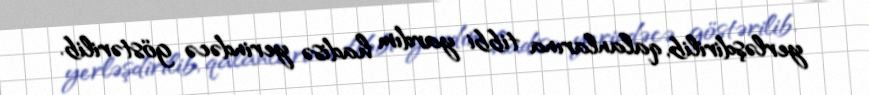
yerləşdirilib, qalanlarına tibbi yardım hadisə yerindəcə göstərilib.